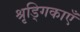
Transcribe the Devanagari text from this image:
श्रृड्गिकाएँ